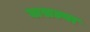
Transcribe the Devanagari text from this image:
घासल्या